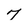
Character: 7